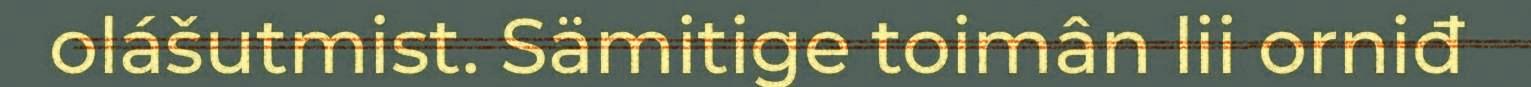
olášutmist. Sämitige toimân lii orniđ